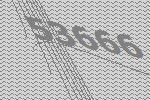
53666